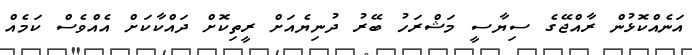
އަނެއްކޮޅުން ރާއްޖޭގެ ސިޔާސީ މަޝްރަހު ބޭރު ދުނިޔެއަށް ރީތިކޮށް ދައްކާކަށް އެއްވެސް ކަމެއް